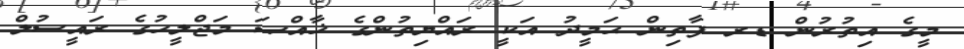
މީގެ އިތުރުން ޑރ ފާތިން ޙަމީދު އަކީ ރައްޔިތުންގެ ޚާއްޞަ މަޖްލީހުގެ ރައީސުލް